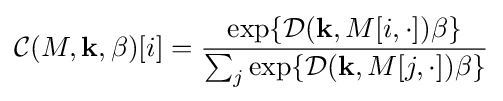
{\mathcal {C}}(M,\mathbf {k} ,\beta )[i]={\frac {\exp\{{\mathcal {D}}(\mathbf {k} ,M[i,\cdot ])\beta \}}{\sum _{j}\exp\{{\mathcal {D}}(\mathbf {k} ,M[j,\cdot ])\beta \}}}